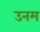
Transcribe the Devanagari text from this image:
उनम